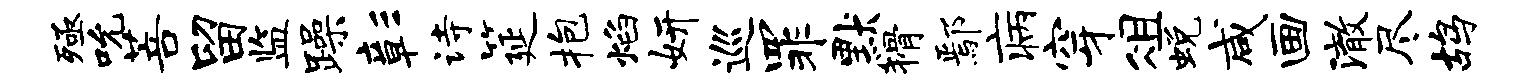
殛吮菩留监躁彰诗筵抱焰妍巡罪默猾鄢病穿俎蜕咸画澈尽鸪